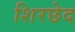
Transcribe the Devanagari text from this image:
शिरछेद